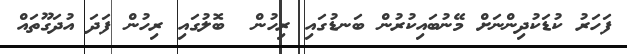
ފަހަރު ކުޑަކުދިންނަށް މޭނުބައިކުރުން ބަނޑުގައި ރިހުން  ބޮލުގައި ރިހުން ފަދަ އުދަގޫތައް